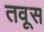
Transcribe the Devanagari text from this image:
तवूस